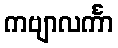
ကဗျာလင်္ကာ